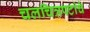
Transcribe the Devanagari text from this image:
चलचित्रपटांचे